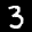
Label: 3